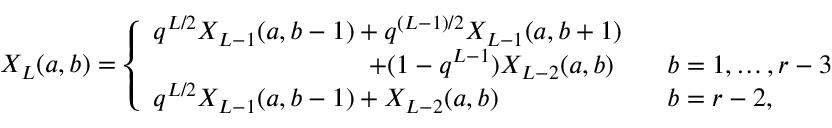
X _ { L } ( a , b ) = \left\{ \begin{array} { l l } { { q ^ { L / 2 } X _ { L - 1 } ( a , b - 1 ) + q ^ { ( L - 1 ) / 2 } X _ { L - 1 } ( a , b + 1 ) } } & { { } } \\ { { \qquad \qquad \qquad \qquad \, + ( 1 - q ^ { L - 1 } ) X _ { L - 2 } ( a , b ) \quad } } & { { b = 1 , \ldots , r - 3 } } \\ { { q ^ { L / 2 } X _ { L - 1 } ( a , b - 1 ) + X _ { L - 2 } ( a , b ) } } & { { b = r - 2 , } } \end{array} \right.